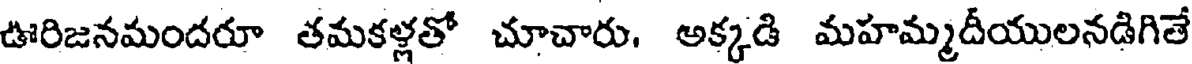
ఊరిజనమందరూ తమకళ్లతో చూచారు, అక్కడి మహమ్మదీయులనడిగితే